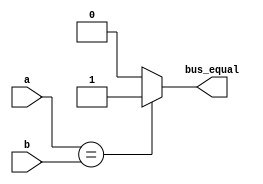
/*
Copyright (c) 2015 Princeton University
All rights reserved.

Redistribution and use in source and binary forms, with or without
modification, are permitted provided that the following conditions are met:
    * Redistributions of source code must retain the above copyright
      notice, this list of conditions and the following disclaimer.
    * Redistributions in binary form must reproduce the above copyright
      notice, this list of conditions and the following disclaimer in the
      documentation and/or other materials provided with the distribution.
    * Neither the name of Princeton University nor the
      names of its contributors may be used to endorse or promote products
      derived from this software without specific prior written permission.

THIS SOFTWARE IS PROVIDED BY PRINCETON UNIVERSITY "AS IS" AND
ANY EXPRESS OR IMPLIED WARRANTIES, INCLUDING, BUT NOT LIMITED TO, THE IMPLIED
WARRANTIES OF MERCHANTABILITY AND FITNESS FOR A PARTICULAR PURPOSE ARE
DISCLAIMED. IN NO EVENT SHALL PRINCETON UNIVERSITY BE LIABLE FOR ANY
DIRECT, INDIRECT, INCIDENTAL, SPECIAL, EXEMPLARY, OR CONSEQUENTIAL DAMAGES
(INCLUDING, BUT NOT LIMITED TO, PROCUREMENT OF SUBSTITUTE GOODS OR SERVICES;
LOSS OF USE, DATA, OR PROFITS; OR BUSINESS INTERRUPTION) HOWEVER CAUSED AND
ON ANY THEORY OF LIABILITY, WHETHER IN CONTRACT, STRICT LIABILITY, OR TORT
(INCLUDING NEGLIGENCE OR OTHERWISE) ARISING IN ANY WAY OUT OF THE USE OF THIS
SOFTWARE, EVEN IF ADVISED OF THE POSSIBILITY OF SUCH DAMAGE.
*/

module io_xbar_bus_compare_equal (a, b, bus_equal);
    parameter WIDTH = 8;
    parameter BHC = 10;

    input [WIDTH-1:0] a, b;
    output wire bus_equal;

    assign bus_equal = (a==b) ? 1'b1 : 1'b0;
endmodule